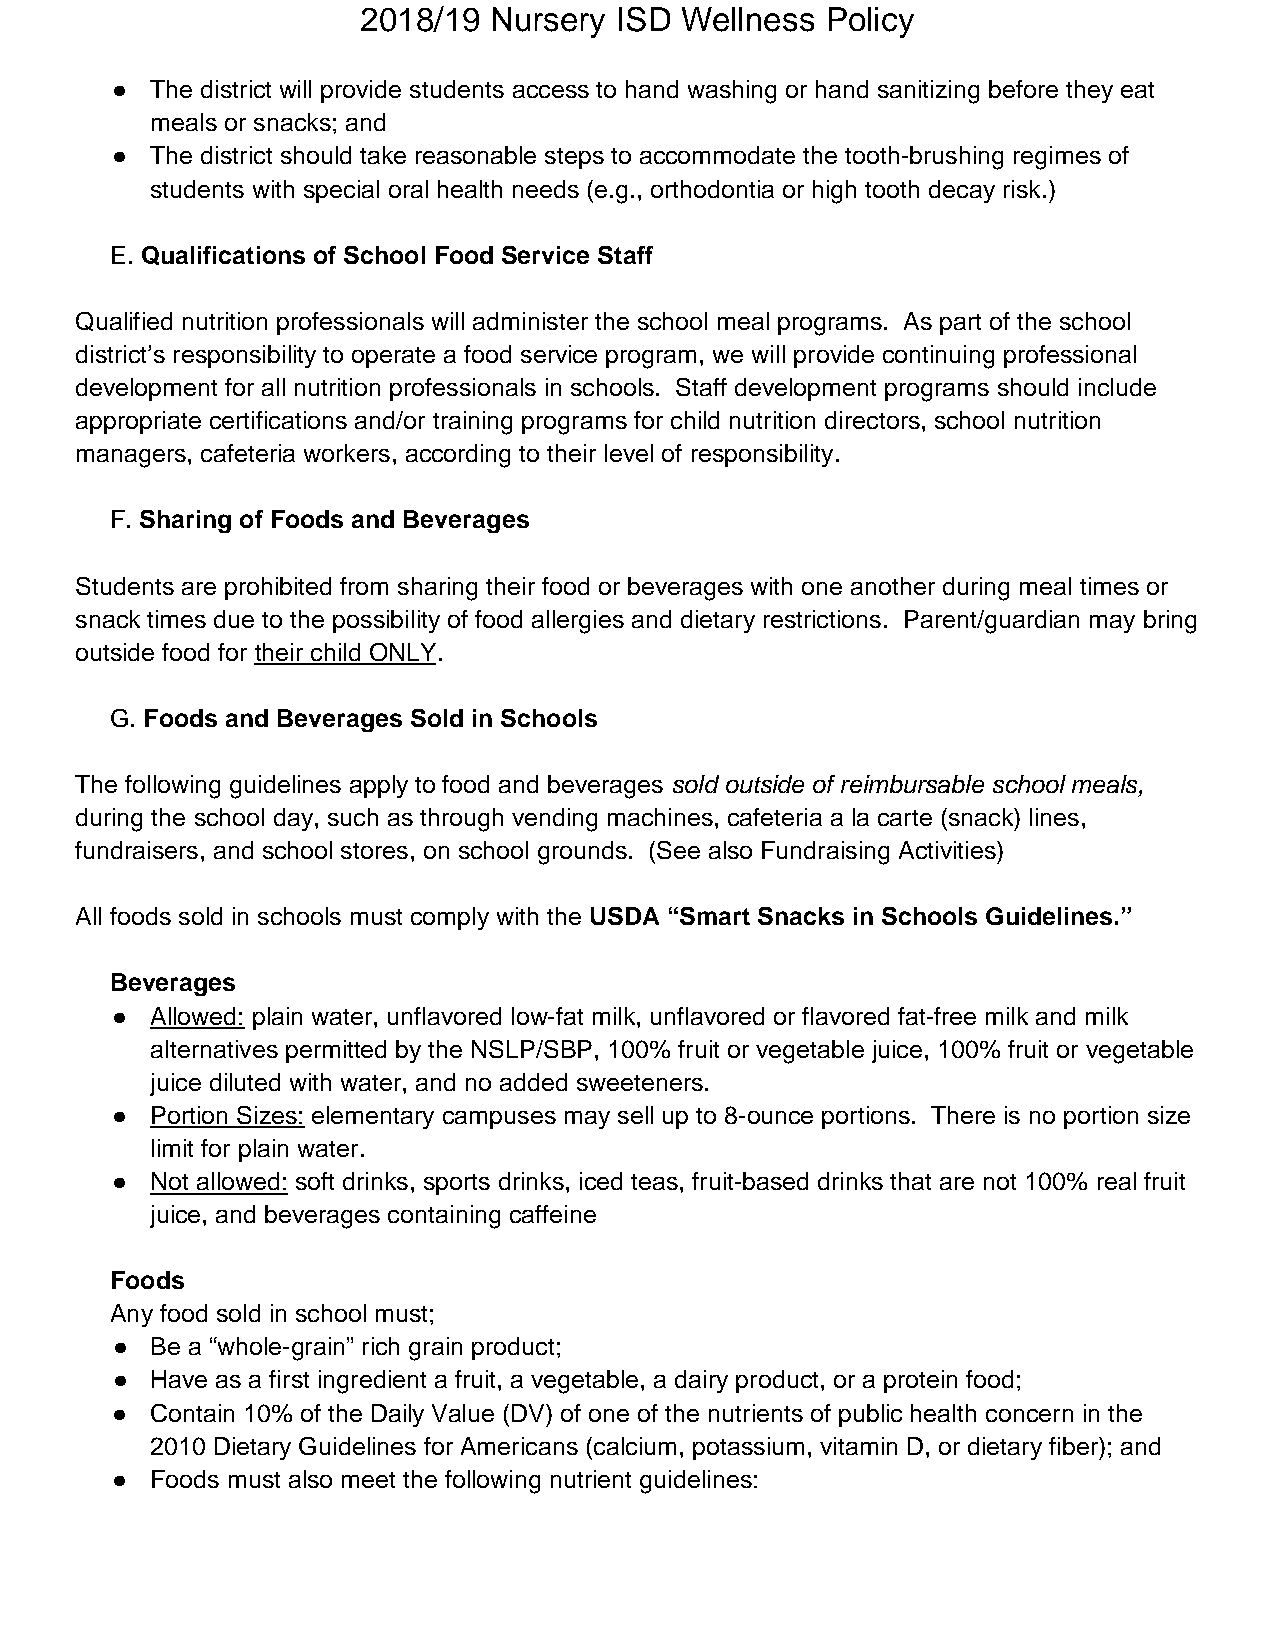
2018/19 Nursery  ISD Wellness  Policy
 ●  The district will provide students access to hand washing or hand sanitizing before they eat
 meals or snacks; and
 ●  The district should take reasonable steps to accommodate the tooth-brushing regimes of
 students with special oral health needs (e.g., orthodontia or high tooth decay risk.)
 E. Qualifications of School Food Service Staff
 Qualified nutrition professionals will administer the school meal programs. As part of the school
 district’s responsibility to operate a food service program, we will provide continuing professional
 development for all nutrition professionals in schools. Staff development programs should include
 appropriate certifications and/or training programs for child nutrition directors, school nutrition
 managers, cafeteria workers, according to their level of responsibility.
 F. Sharing of Foods and Beverages
 Students are prohibited from sharing their food or beverages with one another during meal times or
 snack times due to the possibility of food allergies and dietary restrictions. Parent/guardian may bring
 outside food for their child ONLY.
 G. Foods and Beverages Sold in Schools
 The following guidelines apply to food and beverages sold outside of reimbursable school meals,
 during the school day, such as through vending machines, cafeteria a la carte (snack) lines,
 fundraisers, and school stores, on school grounds. (See also Fundraising Activities)
 All foods sold in schools must comply with the USDA “Smart Snacks in Schools Guidelines.”
 Beverages
 ●  Allowed: plain water, unflavored low-fat milk, unflavored or flavored fat-free milk and milk
 alternatives permitted by the NSLP/SBP, 100% fruit or vegetable juice, 100% fruit or vegetable
 juice diluted with water, and no added sweeteners.
 ●  Portion Sizes: elementary campuses may sell up to 8-ounce portions. There is no portion size
 limit for plain water.
 ●  Not allowed: soft drinks, sports drinks, iced teas, fruit-based drinks that are not 100% real fruit
 juice, and beverages containing caffeine
 Foods
 Any food sold in school must;
 ●  Be a “whole-grain” rich grain product;
 ●  Have as a first ingredient a fruit, a vegetable, a dairy product, or a protein food;
 ●  Contain 10% of the Daily Value (DV) of one of the nutrients of public health concern in the
 2010 Dietary Guidelines for Americans (calcium, potassium, vitamin D, or dietary fiber); and
 ●  Foods must also meet the following nutrient guidelines: